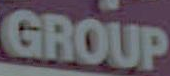
GROUP